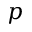
p